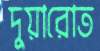
দুয়ারোত